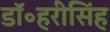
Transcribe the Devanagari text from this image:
डॉ॰हरीसिंह